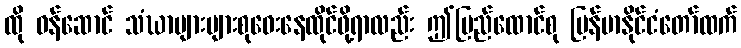
ထို ဝန်ဆောင် သံဃာများများစုဝေးနေထိုင်ဖို့ရာလည်း ဤပြည်ထောင်စု မြန်မာနိုင်ငံတော်ထက်